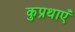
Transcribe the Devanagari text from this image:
कुप्रथाएँ